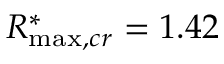
R _ { \operatorname* { m a x } , c r } ^ { * } = 1 . 4 2